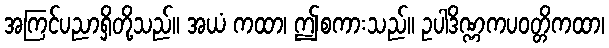
အကြင်ပညာရှိတို့သည်။ အယံ ကထာ၊ ဤစကားသည်။ ဥပါဒိဏ္ဏကပဝတ္တိကထာ၊